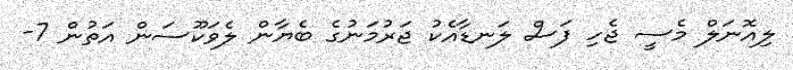
ލިއޮނަލް މެސީ ޖެހި ފަސް ލަނޑާއެކު ޖަރުމަނުގެ ބެޔާން ލެވަކޫސަން އަތުން 7-